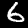
Digit: 6